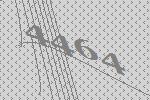
4464